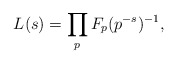
\begin{align*} L(s) = \prod_p F_p(p^{-s})^{-1},\end{align*}